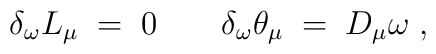
\delta_\omega L_\mu \;=\; 0 \;\;\;\;\;\;\;\delta_\omega \theta_\mu \;=\; D_\mu \omega \;,